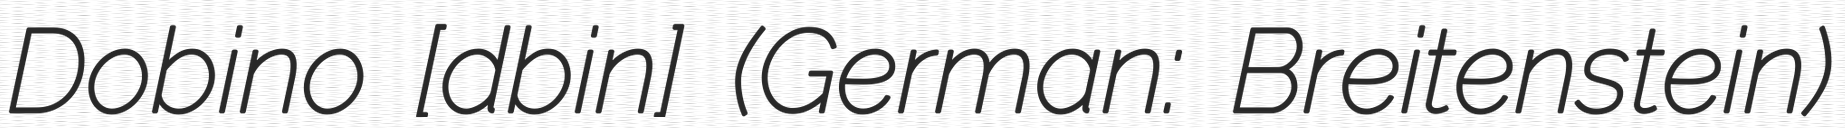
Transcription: Dobino [dɔˈbinɔ] (German: Breitenstein)